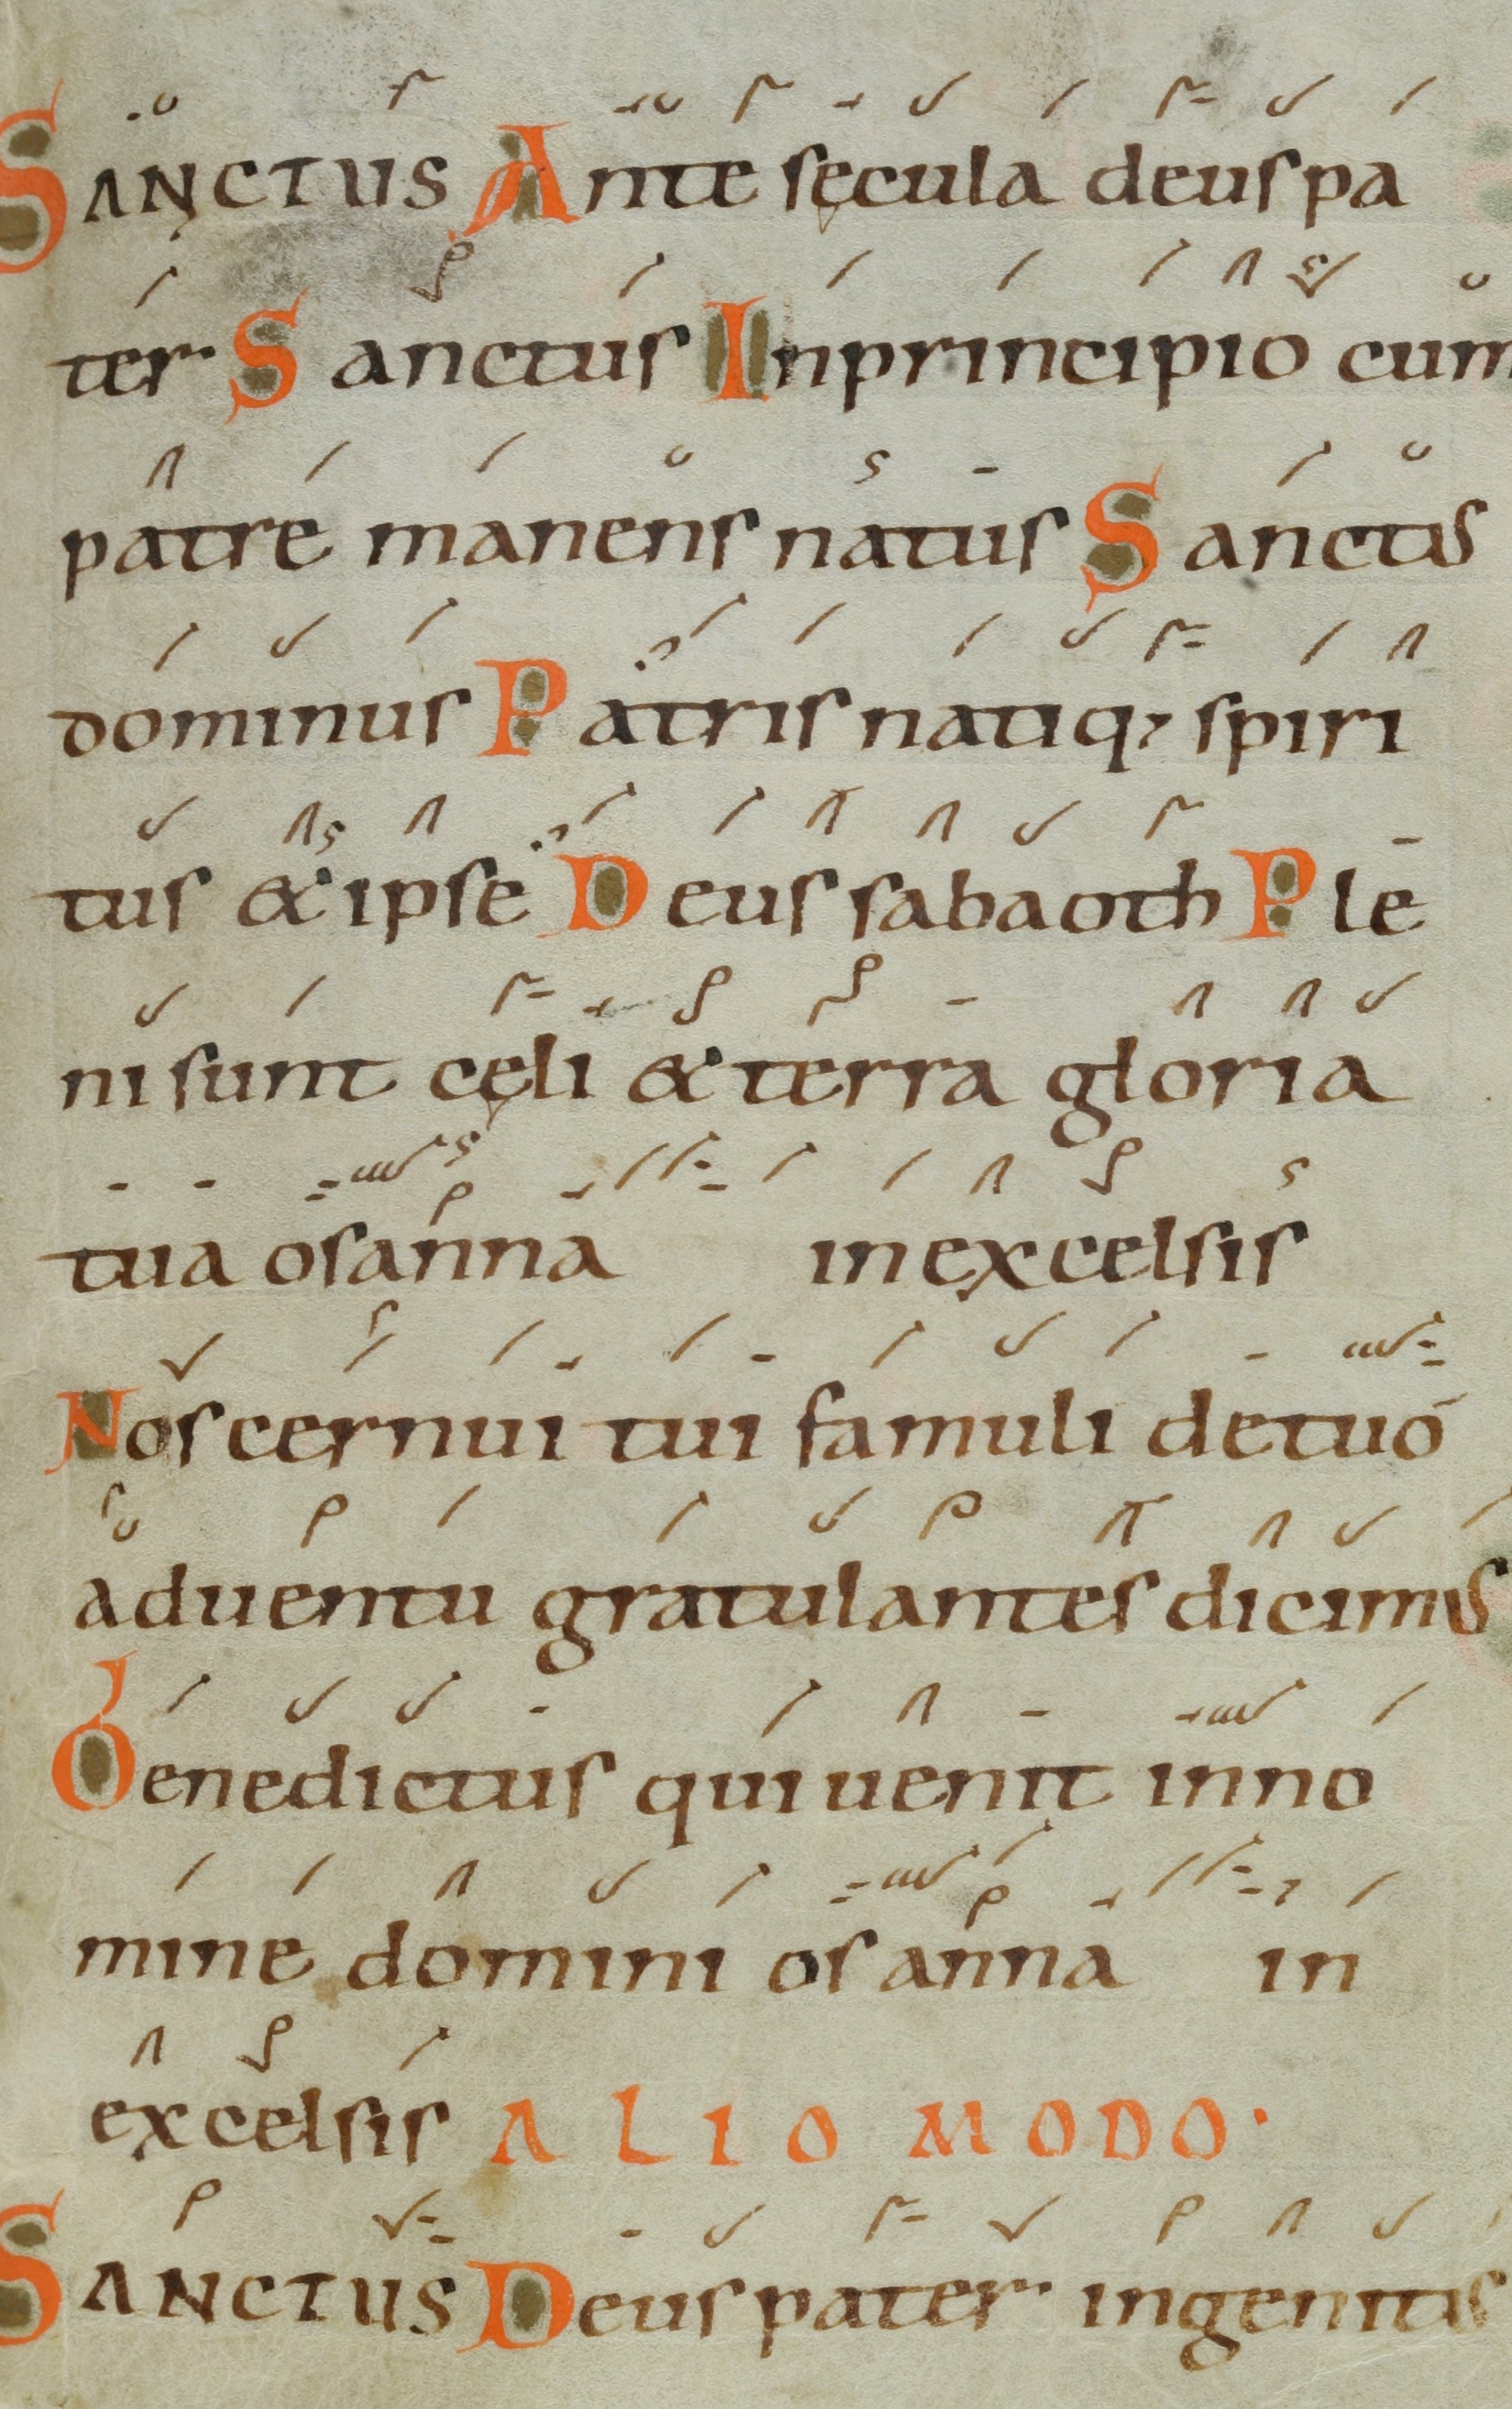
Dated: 1000–1099